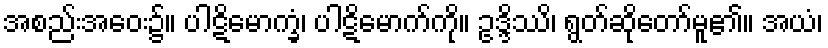
အစည်းအဝေး၌။ ပါဋိမောက္ခံ၊ ပါဋိမောက်ကို။ ဥဒ္ဒိဿိ၊ ရွတ်ဆိုတော်မူ၏။ အယံ၊